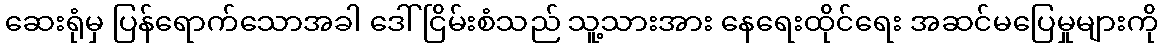
ဆေးရုံမှ ပြန်ရောက်သောအခါ ဒေါ်ငြိမ်းစံသည် သူ့သားအား နေရေးထိုင်ရေး အဆင်မပြေမှုများကို